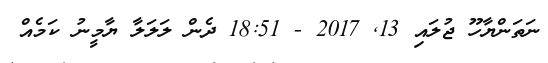
ނަތަންޔާހޫ ޖުލައި 13